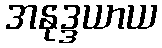
အနုဒ္ဒယာယ